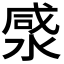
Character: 𭱡